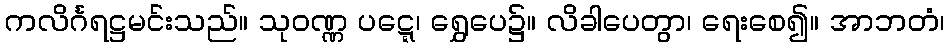
ကလိင်္ဂရဋ္ဌမင်းသည်။ သုဝဏ္ဏ ပဋ္ဋေ၊ ရွှေပေ၌။ လိခါပေတွာ၊ ရေးစေ၍။ အာဘတံ၊